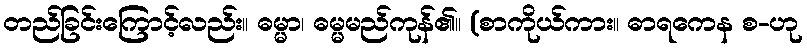
တည်ခြင်းကြောင့်လည်း။ ဓမ္မာ၊ ဓမ္မမည်ကုန်၏။ (စာကိုယ်ကား။ ဓာရကေန စ-ဟု